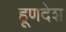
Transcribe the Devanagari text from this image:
हूणदेश